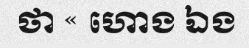
ថា « ហោង ឯង